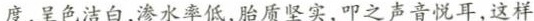
度，呈色洁白,渗水率低,胎质坚实,叩之声音悦耳，这样